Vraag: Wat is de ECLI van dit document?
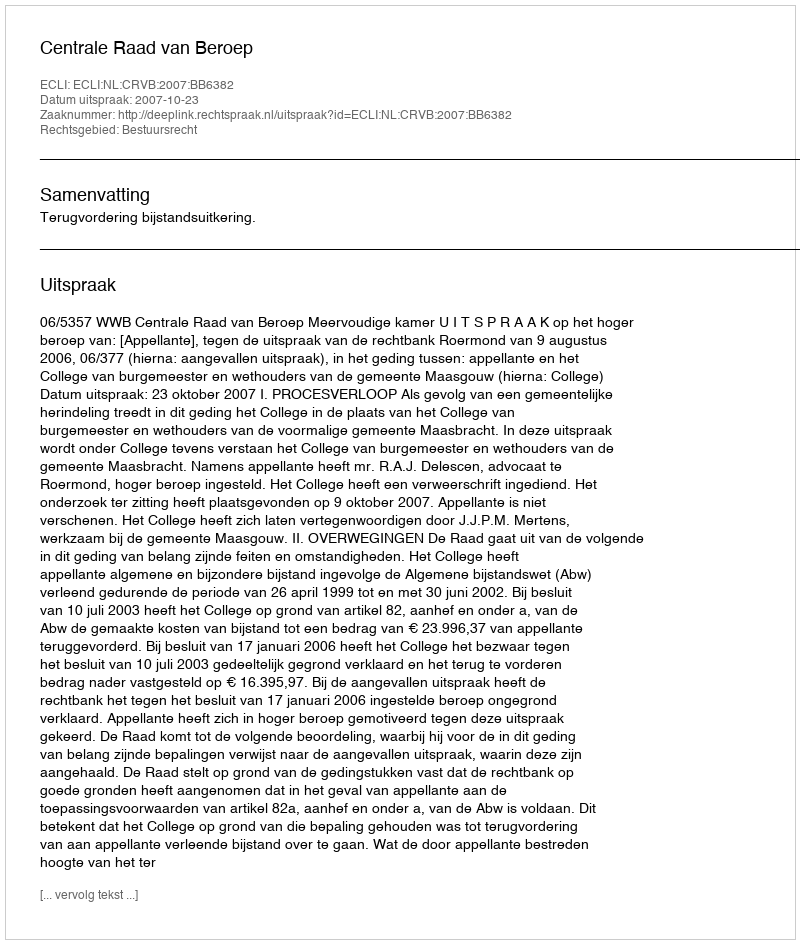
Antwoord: ECLI:NL:CRVB:2007:BB6382